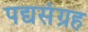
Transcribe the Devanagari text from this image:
पद्यसंग्रह